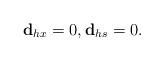
LaTeX: \begin{align*} \mathbf{d}_{hx}=0,\mathbf{d}_{hs}=0.\end{align*}